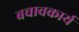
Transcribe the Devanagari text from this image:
बचावकार्य